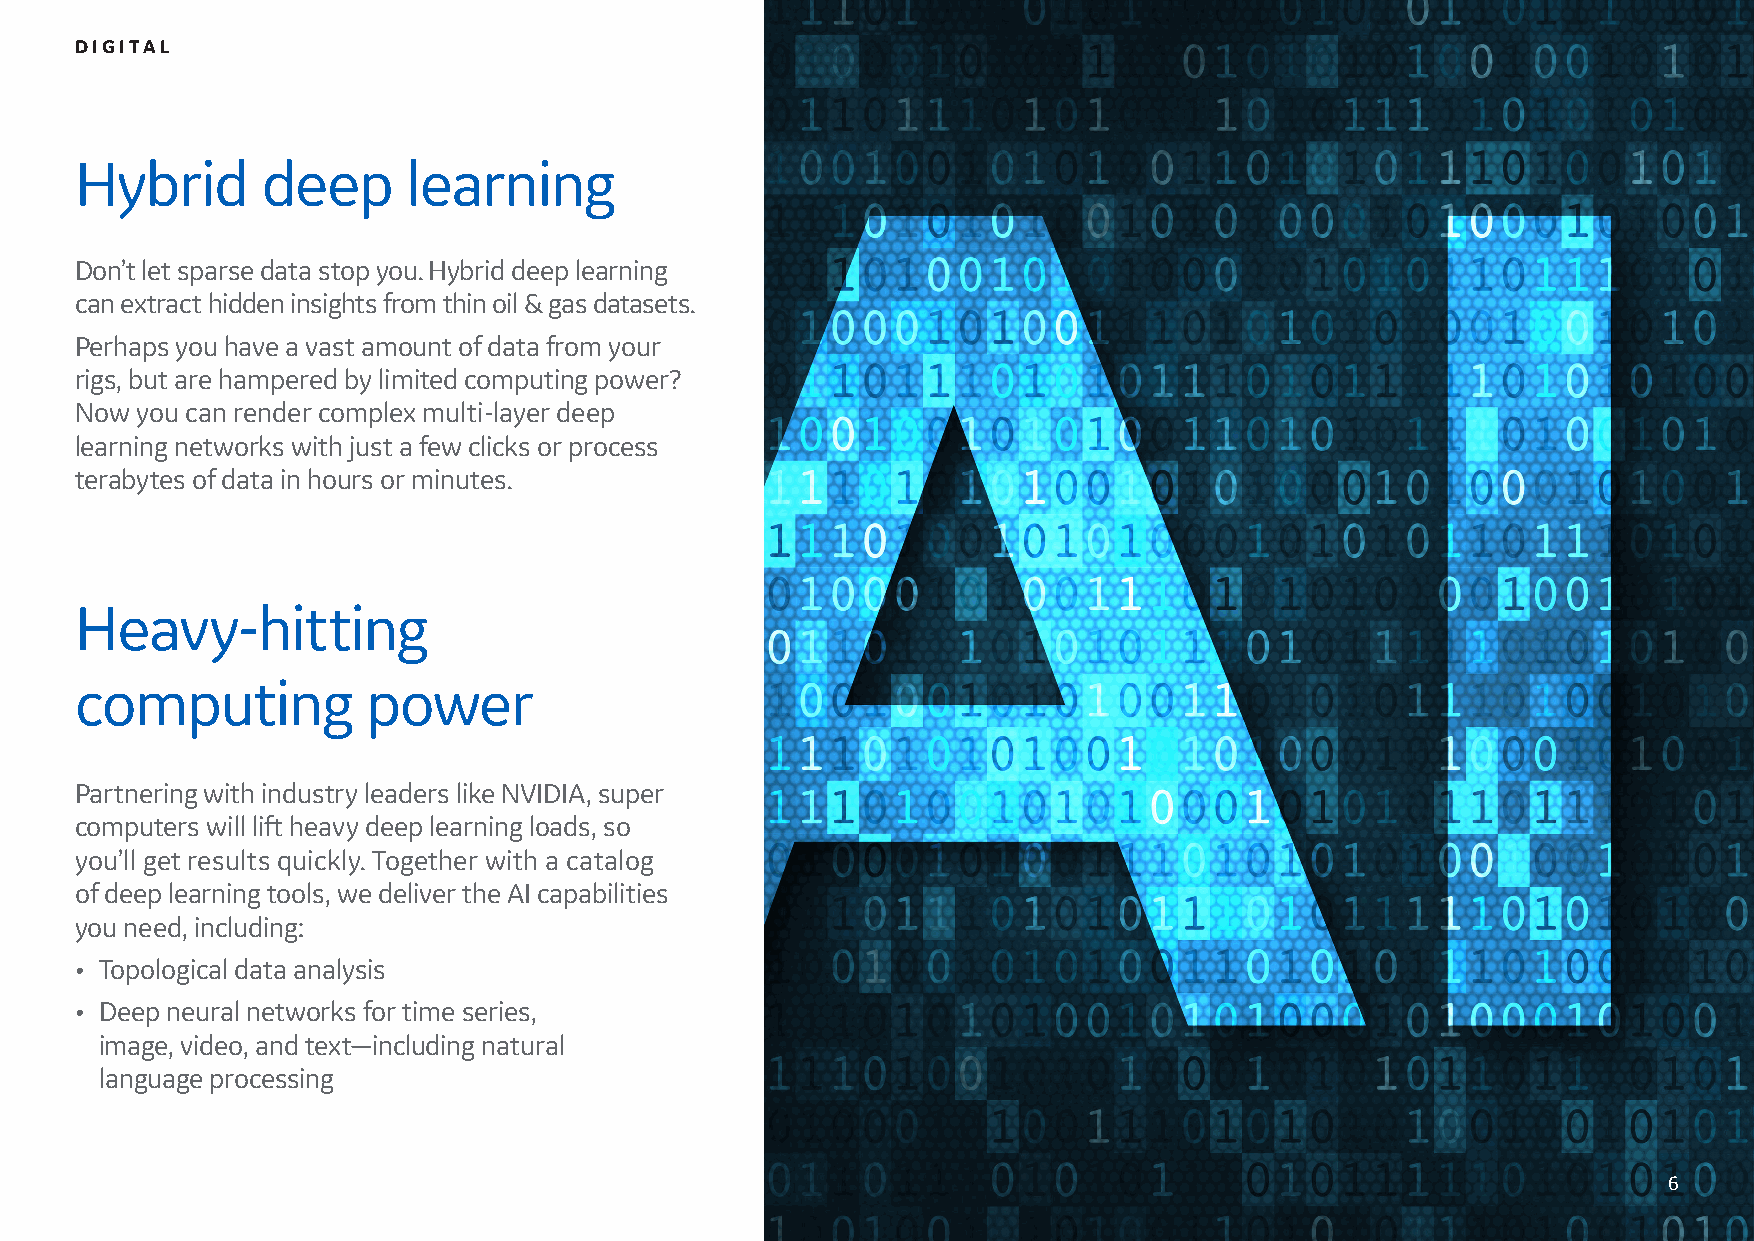
DIGITAL
 Hybrid      deep      learning
 Don’t let sparse data stop you. Hybrid deep learning
 can extract hidden insights from thin oil & gas datasets.
 Perhaps you have a vast amount of data from your
 rigs, but are hampered by limited computing power?
 Now you can render complex multi-layer deep
 learning networks with just a few clicks or process
 terabytes of data in hours or minutes.
 Heavy-hitting
 computing          power
 Partnering with industry leaders like NVIDIA, super
 computers will lift heavy deep learning loads, so
 you’ll get results quickly. Together with a catalog
 of deep learning tools, we deliver the AI capabilities
 you need, including:
 • Topological data analysis
 • Deep neural networks for time series,
 image, video, and text—including natural
 language processing
 6